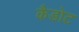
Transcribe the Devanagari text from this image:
कैडोट